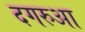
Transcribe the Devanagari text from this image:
दगरुआ